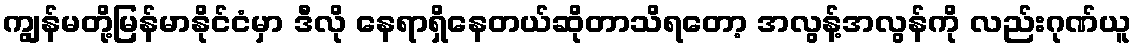
ကျွန်မတို့မြန်မာနိုင်ငံမှာ ဒီလို နေရာရှိနေတယ်ဆိုတာသိရတော့ အလွန့်အလွန်ကို လည်းဂုဏ်ယူ